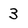
Character: 3